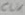
Text: CLK